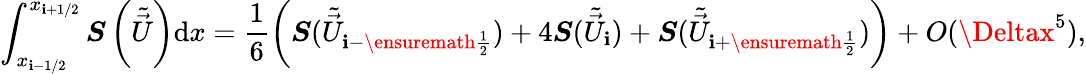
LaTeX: \int_{x_{\mathbf{i}-1/2}}^{x_{\mathbf{i}+1/2}}\boldsymbol{S}\left(\tilde{{\vec{{U}}}}\right)\mathrm{{d}}x=\frac{{1}}{{6}}\left(\boldsymbol{S}(\tilde{{\vec{{U}}}}_{\mathbf{i}-\ensuremath{{{\frac{{1}}{{2}}}}}})+4\boldsymbol{S}(\tilde{{\vec{{U}}}}_{\mathbf{i}})+\boldsymbol{S}(\tilde{{\vec{{U}}}}_{\mathbf{i}+\ensuremath{{{\frac{{1}}{{2}}}}}})\right)+\textit{{O}}(\Deltax^{5}),